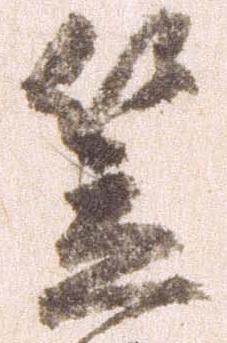
笠